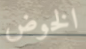
الخوض